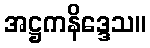
အဋ္ဌကနိဒ္ဒေသ။